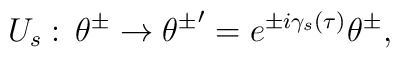
U_{s}:\, \theta^\pm \rightarrow{\theta^\pm}'=e^{\pm i{\gamma}_s(\tau)}\theta^\pm,